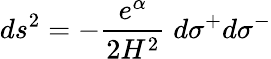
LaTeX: ds^{2}=-\frac{e^{\alpha}}{2H^{2}}\; d\sigma^{+}d\sigma^{-}